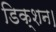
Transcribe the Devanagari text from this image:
डिक्शन।